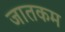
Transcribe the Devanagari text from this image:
जातकम